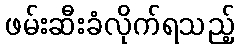
ဖမ်းဆီးခံလိုက်ရသည့်